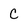
Character: C